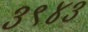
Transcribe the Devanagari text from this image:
३९४३